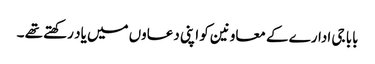
بابا جی ادارے کے معاونین کو اپنی دعاوں میں یاد رکھتے تھے ۔